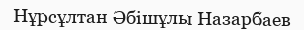
Нұрсұлтан Әбішұлы Назарбаев